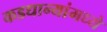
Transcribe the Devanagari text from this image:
कडधान्यांमध्ये